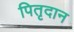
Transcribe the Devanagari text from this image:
पितृदान